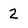
Character: 2